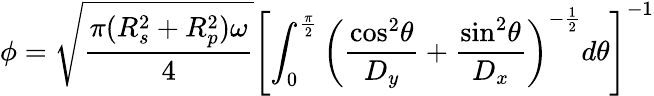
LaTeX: \phi=\sqrt{\frac{\pi(R_{s}^{2}+R_{p}^{2})\omega}{4}}\left[\int_{0}^{\frac{\pi}{2}}\left(\frac{\mathrm{cos}^{2}\theta}{D_{y}}+\frac{\mathrm{sin}^{2}\theta}{D_{x}}\right)^{-\frac{1}{2}}d\theta\right]^{-1}